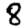
Digit: 8